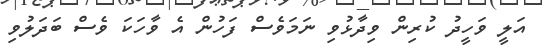
އަލީ ވަހީދު ކުރިން ވިދާޅުވި ނަމަވެސް ފަހުން އެ ވާހަކަ ވެސް ބަދަލުވި